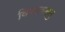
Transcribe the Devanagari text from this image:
विषटवस्तु